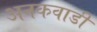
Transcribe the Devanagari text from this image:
अनकवाडी